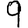
Digit: 9